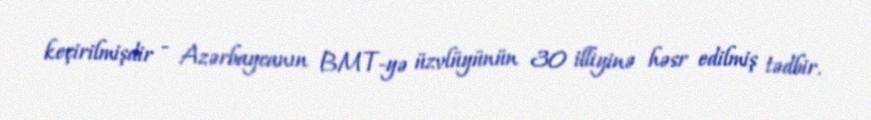
keçirilmişdir - Azərbaycanın BMT-yə üzvlüyünün 30 illiyinə həsr edilmiş tədbir.